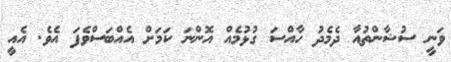
ވަނީ ސުޝާންތުއާ ދެމެދު ހާއްސަ ގުޅުމެއް އޮންނަ ކަމަށް އެއްބަސްވެފަ އެވެ. އެއީ